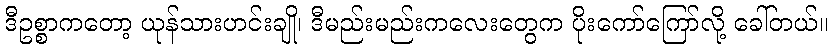
ဒီဥစ္စာကတော့ ယုန်သားဟင်းချို၊ ဒီမည်းမည်းကလေးတွေက ပိုးကော်ကြော်လို့ ခေါ်တယ်။